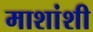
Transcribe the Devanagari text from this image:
माशांशी